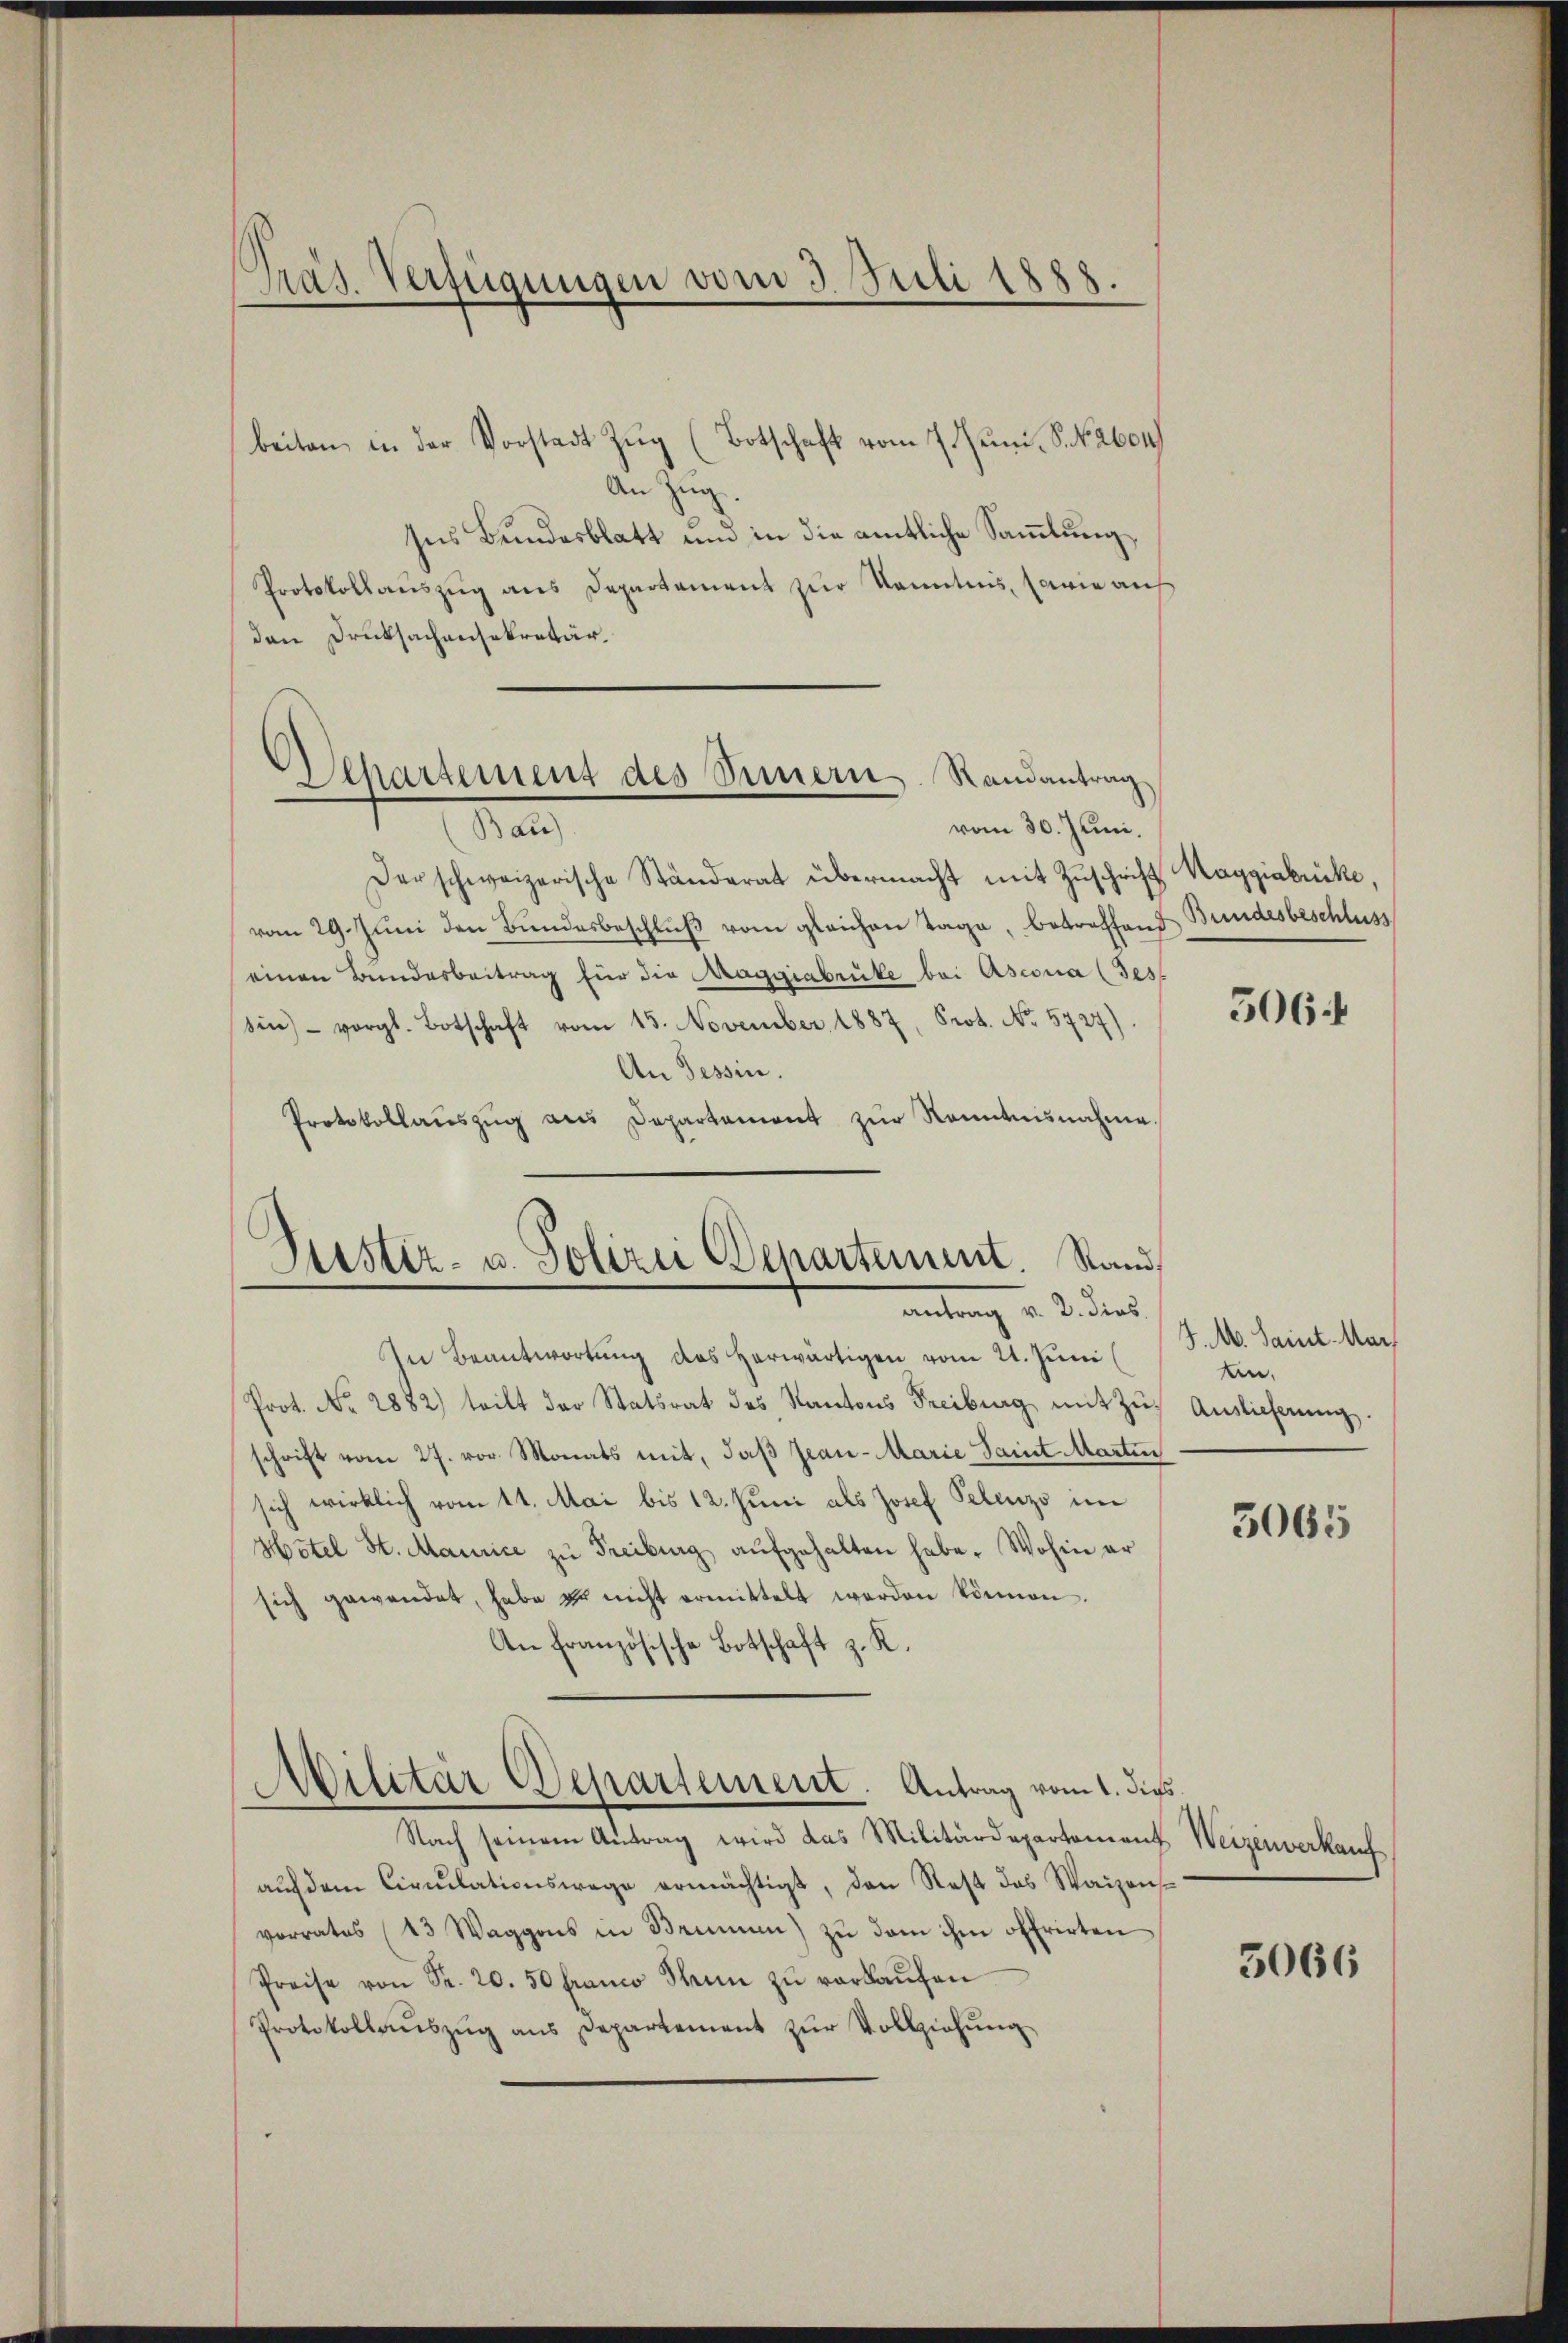
Präs. Verfügungen vom 3. Juli 1883.

Separtement des Sinnern Randantrag

Verster- u. Polizei Departement. Stand
mutung u. 2. dies

beiten in der Vorstadt Zŭg (Botschaft vom 7. Jenni. S. N. 2604/
An Zug.
ses Bundesblatt um in die amtliche Sammlung,
Protokollauszug aus Departement zur Kenntnis, sowie auf
den Drucksachensekretär
vom 30. Juni.
da
Der schweizerische Ständerat übermacht mit Zŭschrift Maggiabücke,
vom 29. Juni den Bundesbeschluß vom gleichen Tage, betreffend Bundesbeschluss
einen Bundesbeitrag für die Maggiabrüke bei Ascona (Test
Sin) vorgl. Botschaft vom 15. November 1887, Prot. No. 5727).
An Tessin.
Protokollauszug aus Departemont zur Kenntnisnahme.
In Beantwortung des herwärtigen vom 21. Juni
Prot. Nr. 2882) tritt der Statsrat des Kantons Freiburg mit Zuschrift vom 27. vor. Monats mit, daß Jean-Marie Saint Marten
sich wirklich vom 11. Mai bis 12. Juni als Josef Pelenz im
Hôtel St. Maurice zŭ Freiburg aŭfgehalten habe. Wohin er
sich gewendet, habe er nicht ermittelt werden können.
An Französische Botschaft z. K.
Militär Departement. Antrag vom 1. dies
Nach seinem Antrag wird das Militärdepartement Weizenverkauf
aŭf dem Circulationswege ermächtigt, den Rest das Waizenvorrates (13 Waggons in Brunnen) zŭ dem ihm offrirten
Preise von Fr. 20. 50 Franco Mein zŭ verkaŭfen
Protokollaŭszŭg ans Departement zŭr Vollziehŭng

506

J. M. Samt. Mar
n
Auslieferung.

5065

3066